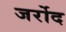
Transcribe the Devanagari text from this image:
जर्रोद